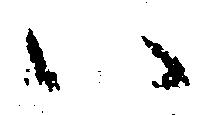
い